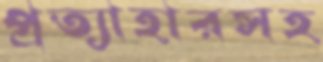
প্রত্যাহারসহ